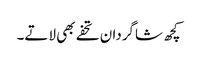
کچھ شاگردان تحفے بھی لاتے۔